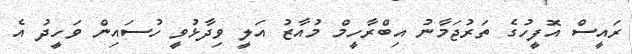
ރައީސް އޮފީހުގެ ތަރުޖަމާނު އިބްރާހީމް މުއާޒު އަލީ ވިދާޅުވީ ހުސައިން ވަހީދު އެ